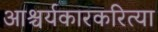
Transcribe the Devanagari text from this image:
आश्चर्यकारकरित्या